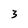
Character: 3